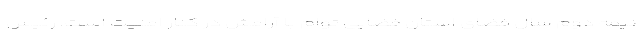
نیمه دوم سال فضای استان فضایی توام با آرامش در کنار امنیت است. رئیس